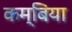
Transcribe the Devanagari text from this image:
कम्बिया